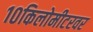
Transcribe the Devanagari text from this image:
१०किलोमीटरवर